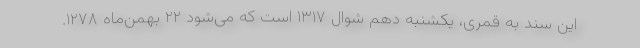
این سند به قمری، یکشنبه دهم شوال ۱۳۱۷ است که می‌شود ۲۲ بهمن‌ماه ۱۲۷۸.